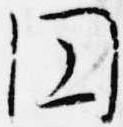
円